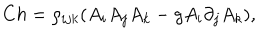
C h = \rho _ { i j k } ( A _ { i } A _ { j } A _ { k } - g A _ { i } \partial _ { j } A _ { k } ) ,